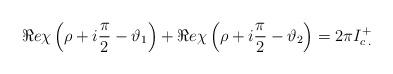
LaTeX: \begin{align*}\Re e\chi \left( \rho +i\displaystyle\frac{\pi }{2}-\vartheta _{1}\right) +\Re e\chi \left( \rho +i\displaystyle\frac{\pi }{2}-\vartheta _{2}\right) =2\pi I^{+}_{c\: .}\end{align*}